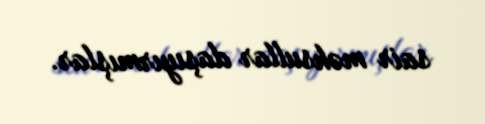
sair məhsullar daşıyırmışlar.